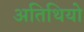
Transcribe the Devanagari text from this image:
अतिथियो